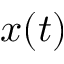
x ( t )